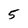
Character: 5